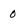
Character: 0